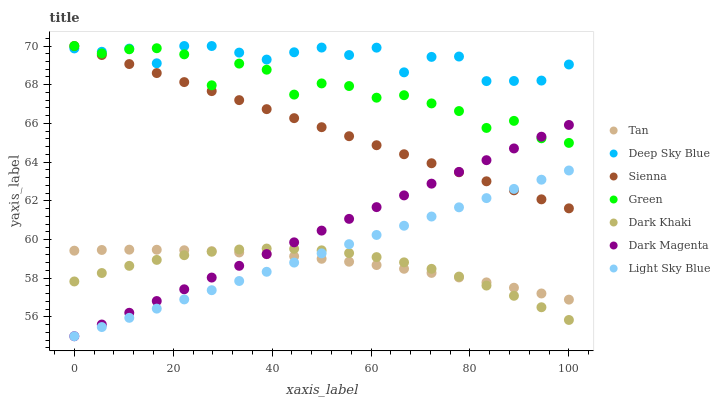
| xaxis_label | Tan | Deep Sky Blue | Sienna | Green | Dark Khaki | Dark Magenta | Light Sky Blue |
 | --- | --- | --- | --- | --- | --- | --- | --- |
 | 0 | 59.4 | 69.9 | 70 | 70 | 57.8 | 55 | 55 |
 | 5.56 | 59.5 | 69.7 | 69.5 | 69.6 | 58.3 | 55.6 | 55.5 |
 | 11.1 | 59.5 | 69.9 | 69.1 | 69.8 | 58.6 | 56.2 | 56 |
 | 16.7 | 59.5 | 69.1 | 68.6 | 69.9 | 58.9 | 56.8 | 56.4 |
 | 22.2 | 59.4 | 70 | 68.1 | 69.6 | 59.2 | 57.4 | 56.9 |
 | 27.8 | 59.4 | 70 | 67.7 | 68 | 59.4 | 58 | 57.4 |
 | 33.3 | 59.3 | 69.7 | 67.2 | 69.1 | 59.5 | 58.6 | 57.9 |
 | 38.9 | 59.2 | 69.3 | 66.7 | 68.8 | 59.5 | 59.2 | 58.3 |
 | 44.4 | 59.1 | 69.7 | 66.3 | 67.5 | 59.5 | 59.9 | 58.8 |
 | 50 | 59 | 69.9 | 65.8 | 68.1 | 59.4 | 60.5 | 59.3 |
 | 55.6 | 58.9 | 69.5 | 65.3 | 67.9 | 59.3 | 61.1 | 59.8 |
 | 61.1 | 58.7 | 69.9 | 64.9 | 67.3 | 59.1 | 61.7 | 60.2 |
 | 66.7 | 58.5 | 68.6 | 64.4 | 67.5 | 58.8 | 62.3 | 60.7 |
 | 72.2 | 58.3 | 69.4 | 63.9 | 67 | 58.5 | 62.9 | 61.2 |
 | 77.8 | 58 | 69.5 | 63.5 | 66.6 | 58.1 | 63.5 | 61.7 |
 | 83.3 | 57.8 | 68.2 | 63 | 65.8 | 57.6 | 64.1 | 62.1 |
 | 88.9 | 57.5 | 68.2 | 62.5 | 66.1 | 57.1 | 64.7 | 62.6 |
 | 94.4 | 57.2 | 68.2 | 62.1 | 65.2 | 56.5 | 65.3 | 63.1 |
 | 100 | 56.9 | 69 | 61.6 | 65 | 55.8 | 65.9 | 63.6 |